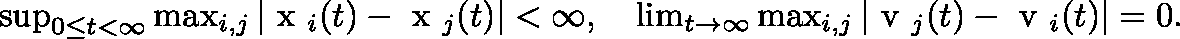
\begin{array} { r } { \begin{array} { r } { \operatorname* { s u p } _ { 0 \leq t < \infty } \operatorname* { m a x } _ { i , j } | \mathrm { \boldmath ~ x ~ } _ { i } ( t ) - \mathrm { \boldmath ~ x ~ } _ { j } ( t ) | < \infty , \quad \operatorname* { l i m } _ { t \to \infty } \operatorname* { m a x } _ { i , j } | \mathrm { \boldmath ~ v ~ } _ { j } ( t ) - \mathrm { \boldmath ~ v ~ } _ { i } ( t ) | = 0 . } \end{array} } \end{array}